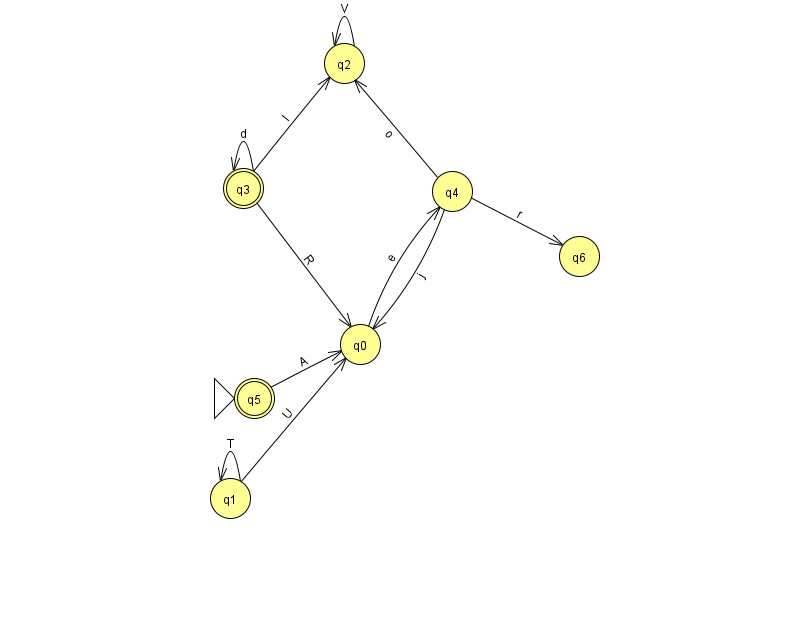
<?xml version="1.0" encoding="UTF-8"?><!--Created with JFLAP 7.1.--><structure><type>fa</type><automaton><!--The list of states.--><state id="0" name="q0"><x>360.0</x><y>331.0</y></state><state id="1" name="q1"><x>230.0</x><y>485.0</y></state><state id="2" name="q2"><x>344.0</x><y>50.0</y></state><state id="3" name="q3"><x>243.0</x><y>175.0</y><final/></state><state id="4" name="q4"><x>452.0</x><y>178.0</y></state><state id="5" name="q5"><x>254.0</x><y>385.0</y><initial/><final/></state><state id="6" name="q6"><x>579.0</x><y>243.0</y></state><!--The list of transitions.--><transition><from>4</from><to>6</to><read>r</read></transition><transition><from>1</from><to>0</to><read>U</read></transition><transition><from>1</from><to>1</to><read>T</read></transition><transition><from>3</from><to>3</to><read>d</read></transition><transition><from>3</from><to>2</to><read>I</read></transition><transition><from>2</from><to>2</to><read>V</read></transition><transition><from>5</from><to>0</to><read>A</read></transition><transition><from>0</from><to>4</to><read>e</read></transition><transition><from>4</from><to>0</to><read>j</read></transition><transition><from>3</from><to>0</to><read>R</read></transition><transition><from>4</from><to>2</to><read>o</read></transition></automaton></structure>